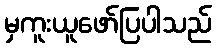
မှကူးယူဖော်ပြပါသည်